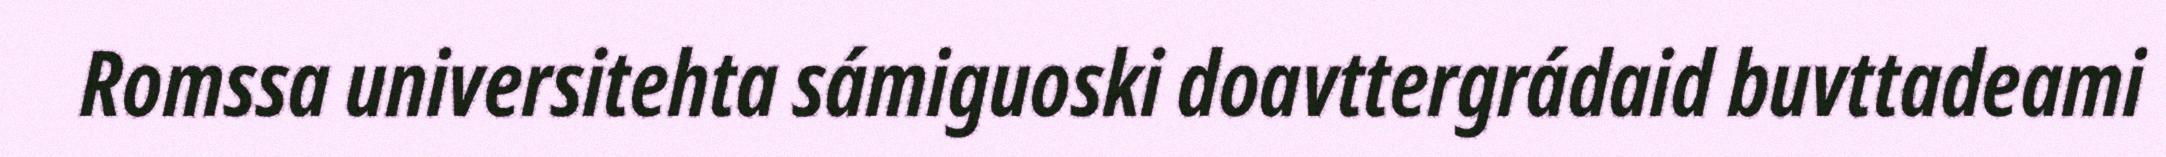
Romssa universitehta sámiguoski doavttergrádaid buvttadeami